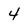
Character: 4